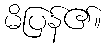
မိပြန်၏။